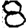
Digit: 8